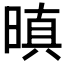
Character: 𭦬